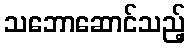
သဘောဆောင်သည့်